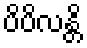
ပိပိလန္တိ